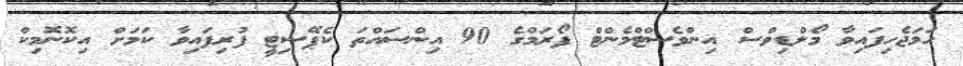
ހަމަޖެހިފައިވާ މޯލްޑިވްސް އިންވެސްޓްމެންޓް ފޯރަމްގެ 90 އިންސައްތަ ކެޕޭސިޓީ ފުރިފައިވާ ކަމަށް އިކޮނޮމިކް